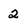
Character: 2